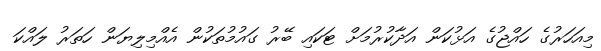
މިއަހަރުގެ ހައްޖުގެ އަޅުކަން އަދާކުރުމަށް ޓަކައި ބޭރު ގައުމުތަކުން އެއްމިލިޔަން ހަތަރު ލައްކަ